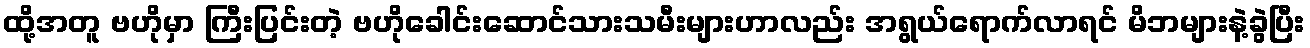
ထို့အတူ ဗဟိုမှာ ကြီးပြင်းတဲ့ ဗဟိုခေါင်းဆောင်သားသမီးများဟာလည်း အရွယ်ရောက်လာရင် မိဘများနဲ့ခွဲပြီး